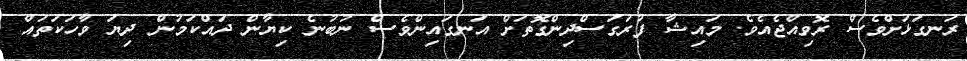
ރަނގަޅަށްވެސް ރޮވިއްޖެއެވެ. މައިޝާ ފުރަގަސްދިންގޮތަށް އަނގައިންވެސް ނުބުނެ ކިޔާން ދައްކަމުން ދިޔަ ވާހަކަތައް